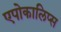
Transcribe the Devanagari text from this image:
एपोकालिप्स